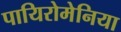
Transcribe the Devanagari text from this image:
पायिरोमेनिया